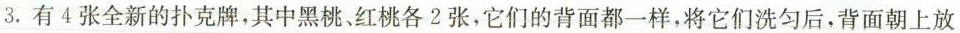
3.有4张全新的扑克牌，其中黑桃、红桃各2张，它们的背面都一样，将它们洗匀后，背面朝上放